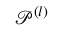
\mathcal { P } ^ { ( l ) }